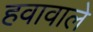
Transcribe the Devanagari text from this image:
हवावाले